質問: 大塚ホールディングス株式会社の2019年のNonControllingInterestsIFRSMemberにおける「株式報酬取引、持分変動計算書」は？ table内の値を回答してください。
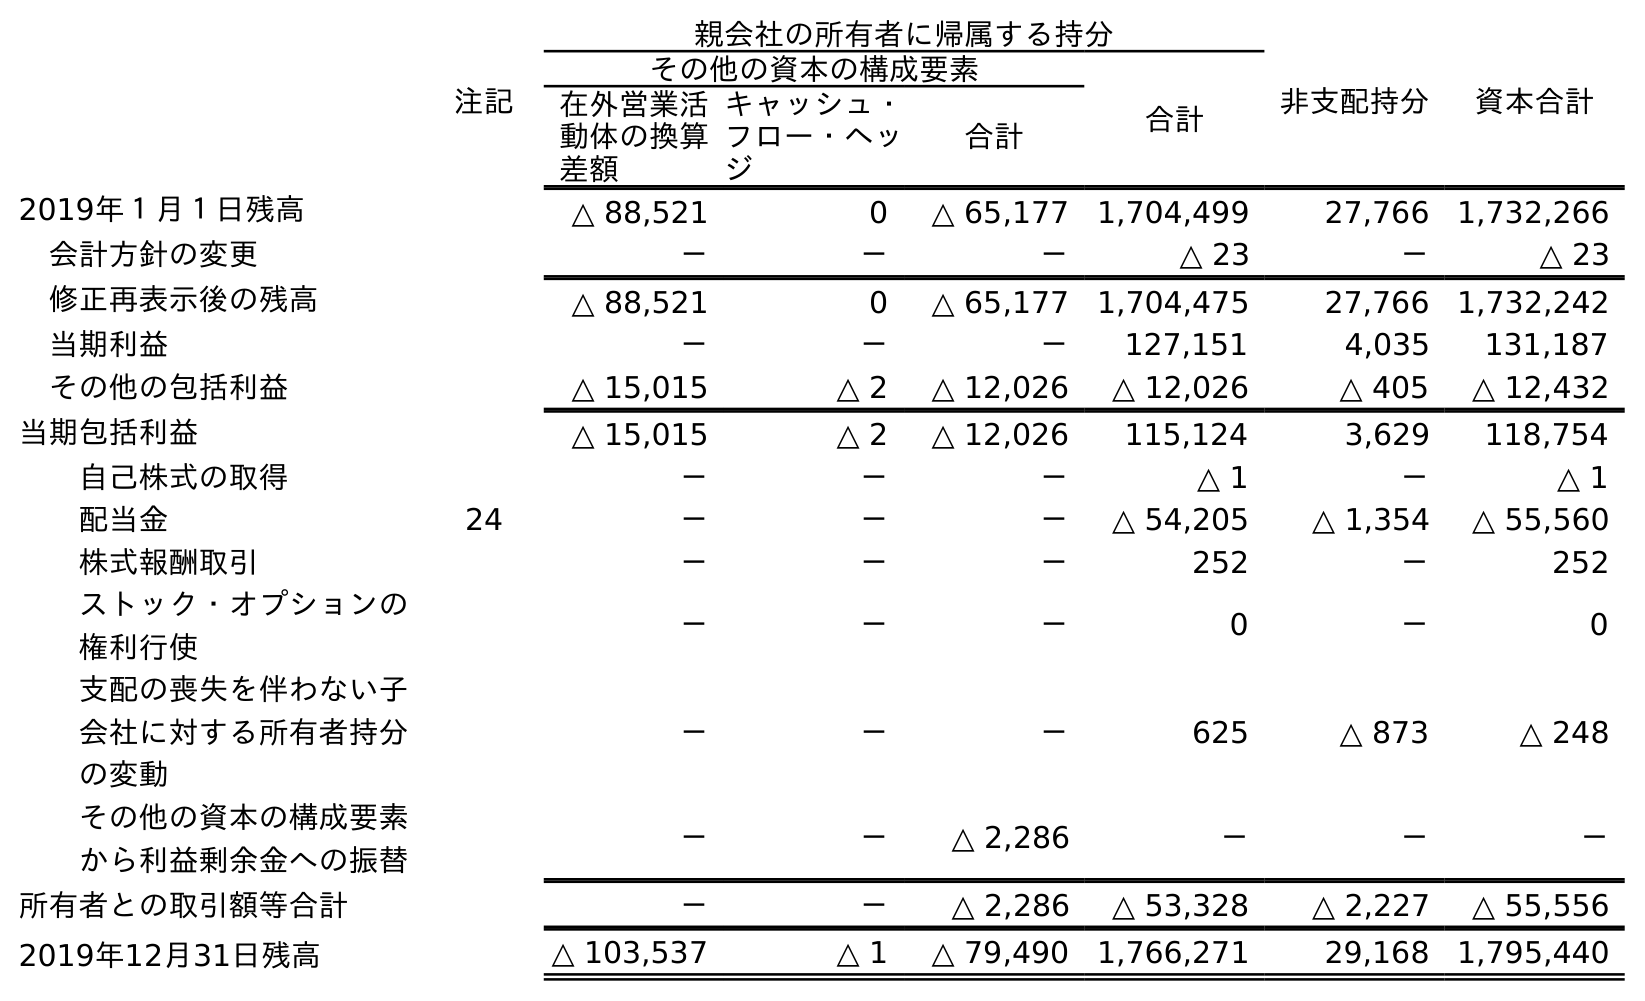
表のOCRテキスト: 注記 親会社の所有者に帰属する持分 非支配持分 資本合計 その他の資本の構成要素 合計 在外営業活 動体の換算 差額 キャッシュ・ フロー・ヘッ ジ 合計 2019年１月１日残高 △ 88,521 0 △ 65,177 1,704,499 27,766 1,732,266 会計方針の変更 － － － △ 23 － △ 23 修正再表示後の残高 △ 88,521 0 △ 65,177 1,704,475 27,766 1,732,242 当期利益 － － － 127,151 4,035 131,187 その他の包括利益 △ 15,015 △ 2 △ 12,026 △ 12,026 △ 405 △ 12,432 当期包括利益 △ 15,015 △ 2 △ 12,026 115,124 3,629 118,754 自己株式の取得 － － － △ 1 － △ 1 配当金 24 － － － △ 54,205 △ 1,354 △ 55,560 株式報酬取引 － － － 252 － 252 ストック・オプションの 権利行使 － － － 0 － 0 支配の喪失を伴わない子 会社に対する所有者持分 の変動 － － － 625 △ 873 △ 248 その他の資本の構成要素 から利益剰余金への振替 － － △ 2,286 － － － 所有者との取引額等合計 － － △ 2,286 △ 53,328 △ 2,227 △ 55,556 2019年12月31日残高 △ 103,537 △ 1 △ 79,490 1,766,271 29,168 1,795,440
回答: －